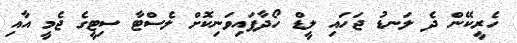
ހެރީކޭން ދެ ލަނޑު ޖަހައި ލީޑް ހޯދާފައިވަނިކޮށް ލެސްޓާ ސިޓީގެ ޖެމީ އާއި